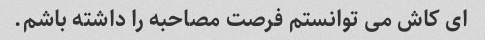
ای کاش می توانستم فرصت مصاحبه را داشته باشم.